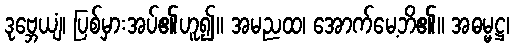
ဒုဗ္ဘေယျံ၊ ပြစ်မှားအပ်၏ဟူ၍။ အမညထ၊ အောက်မေ့ဘိ၏။ အဓမ္မဋ္ဌ၊